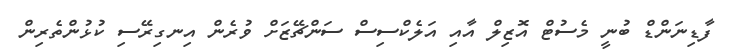
ފާޑިނަންޑް ބުނީ މެސުޓް އޮޒިލް އާއި އަލެކްސިސް ސަންޗޭޒަށް ވުރެން އިނގިރޭސި ކުޅުންތެރިން